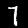
Label: 7